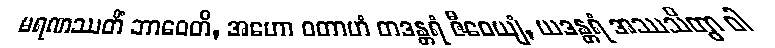
မရဏဿတိံ ဘာဝေတိ, အဟော ဝတာဟံ တဒန္တရံ ဇီဝေယျံ, ယဒန္တရံ အဿသိတွာ ဝါ